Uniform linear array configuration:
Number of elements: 4
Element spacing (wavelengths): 0.75
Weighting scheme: hamming
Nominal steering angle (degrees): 15
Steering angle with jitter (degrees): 16.16
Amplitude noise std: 0.05
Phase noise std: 0.05

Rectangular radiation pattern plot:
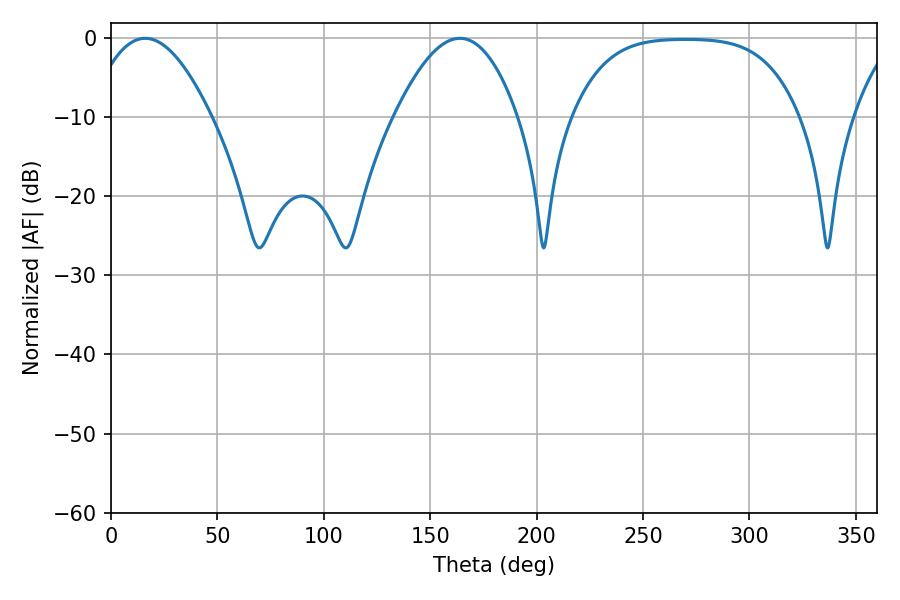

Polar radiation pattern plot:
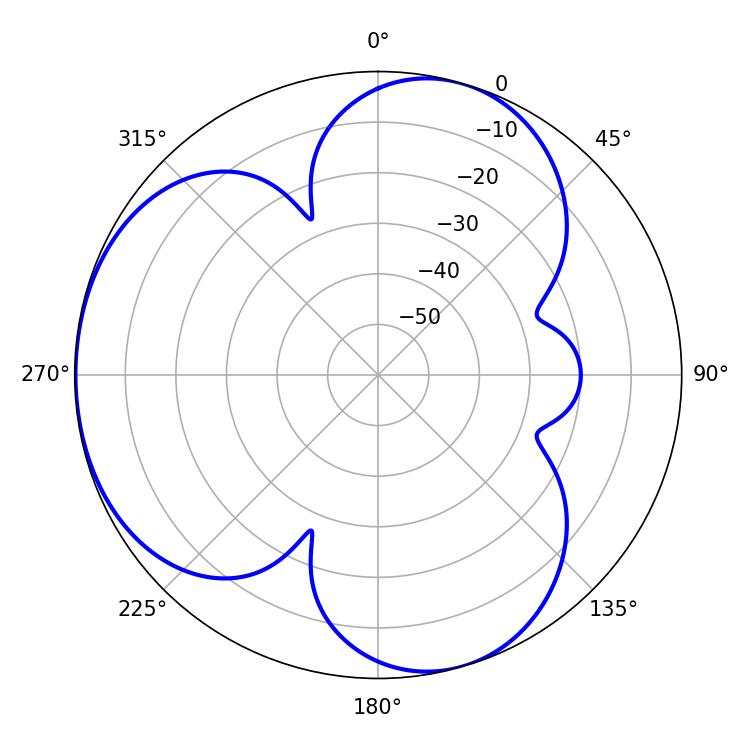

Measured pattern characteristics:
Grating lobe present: TRUE
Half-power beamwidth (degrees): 31.5
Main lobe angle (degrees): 16.02